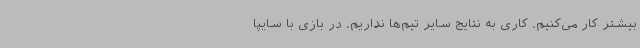
بیشتر کار می‌کنیم. کاری به نتایج سایر تیم‌ها نداریم. در بازی با سایپا